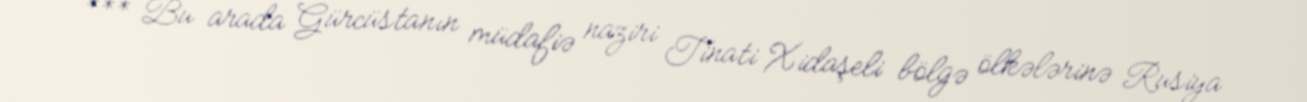
*** Bu arada Gürcüstanın müdafiə naziri Tinati Xidaşeli bölgə ölkələrinə Rusiya